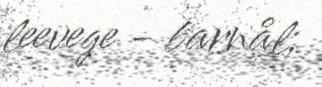
leevege - barnål;